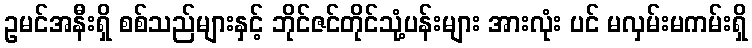
ဥမင်အနီးရှိ စစ်သည်များနှင့် ဘိုင်ဇင်တိုင်သုံ့ပန်းများ အားလုံး ပင် မလှမ်းမကမ်းရှိ